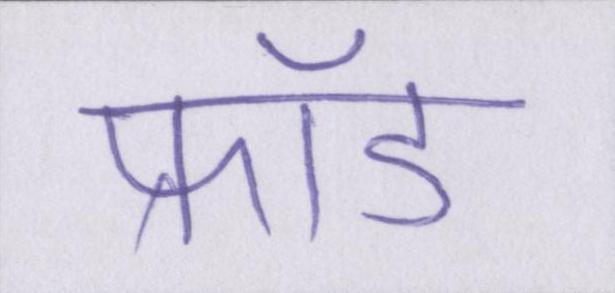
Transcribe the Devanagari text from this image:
फ्रॉड